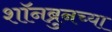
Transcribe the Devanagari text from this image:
शॉनब्रुनच्या